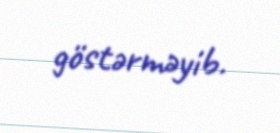
göstərməyib.